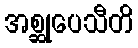
အစ္ဆုပေသီတိ